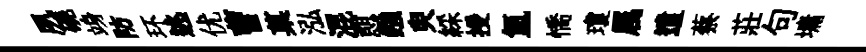
夙磽竧防环逃优曹菓泓混憇鏹臾綵授氳憍瓊属遣蔡莊句墉